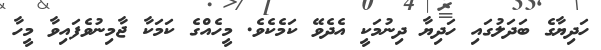
ހަދިޔާގެ ބަދަލުގައި ހަދިޔާ ދިނުމަކީ އެދެވޭ ކަމެކެވެ. މީހެއްގެ ކަމަކާ ޖާމިނުވެފައިވާ މީހާ